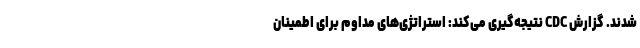
شدند. گزارش CDC نتیجه‌گیری می‌کند: استراتژی‌های مداوم برای اطمینان